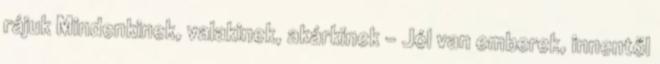
rájuk Mindenkinek, valakinek, akárkinek - Jól van emberek, innentől